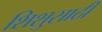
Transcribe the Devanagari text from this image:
शिशुसाठी